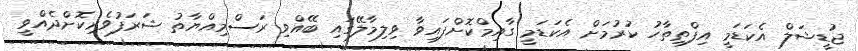
ޖުޑީޝަލް އެކަޑަމީ އިފްތިތާހު ކުރުމަށް އެކަޑަމީ ގާއިމްކޮށްފައިވާ ވިލިމާލޭގައި ބޭއްވި ރަސްމިއްޔާތު ޝަރަފުވެރިކޮށްދެއްވީ